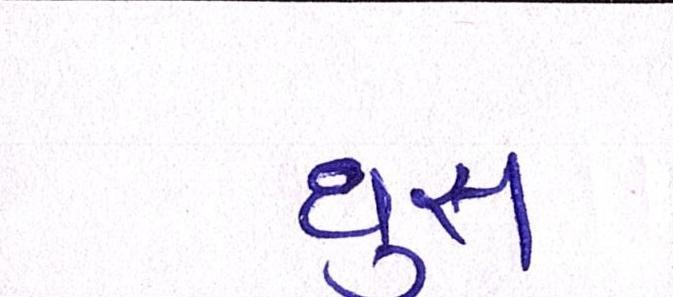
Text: ઘુસ